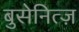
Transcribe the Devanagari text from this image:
बुसेनित्ज़